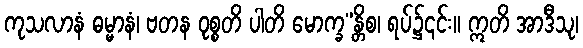
ကုသလာနံ ဓမ္မာနံ၊ ဗတန ဝုစ္စတိ ပါတိ မောက္ခ”န္တိစ၊ ရပ်၌၎င်း။ ဣတိ အာဒီသု၊